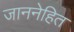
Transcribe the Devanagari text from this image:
जाननेहित